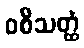
ဝစီသတ္ထံ